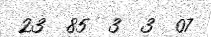
23  85  3  3  07